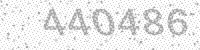
Solution: 440486